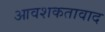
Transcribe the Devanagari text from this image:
आवशकतावाद